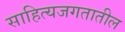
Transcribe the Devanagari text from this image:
साहित्यजगतातील